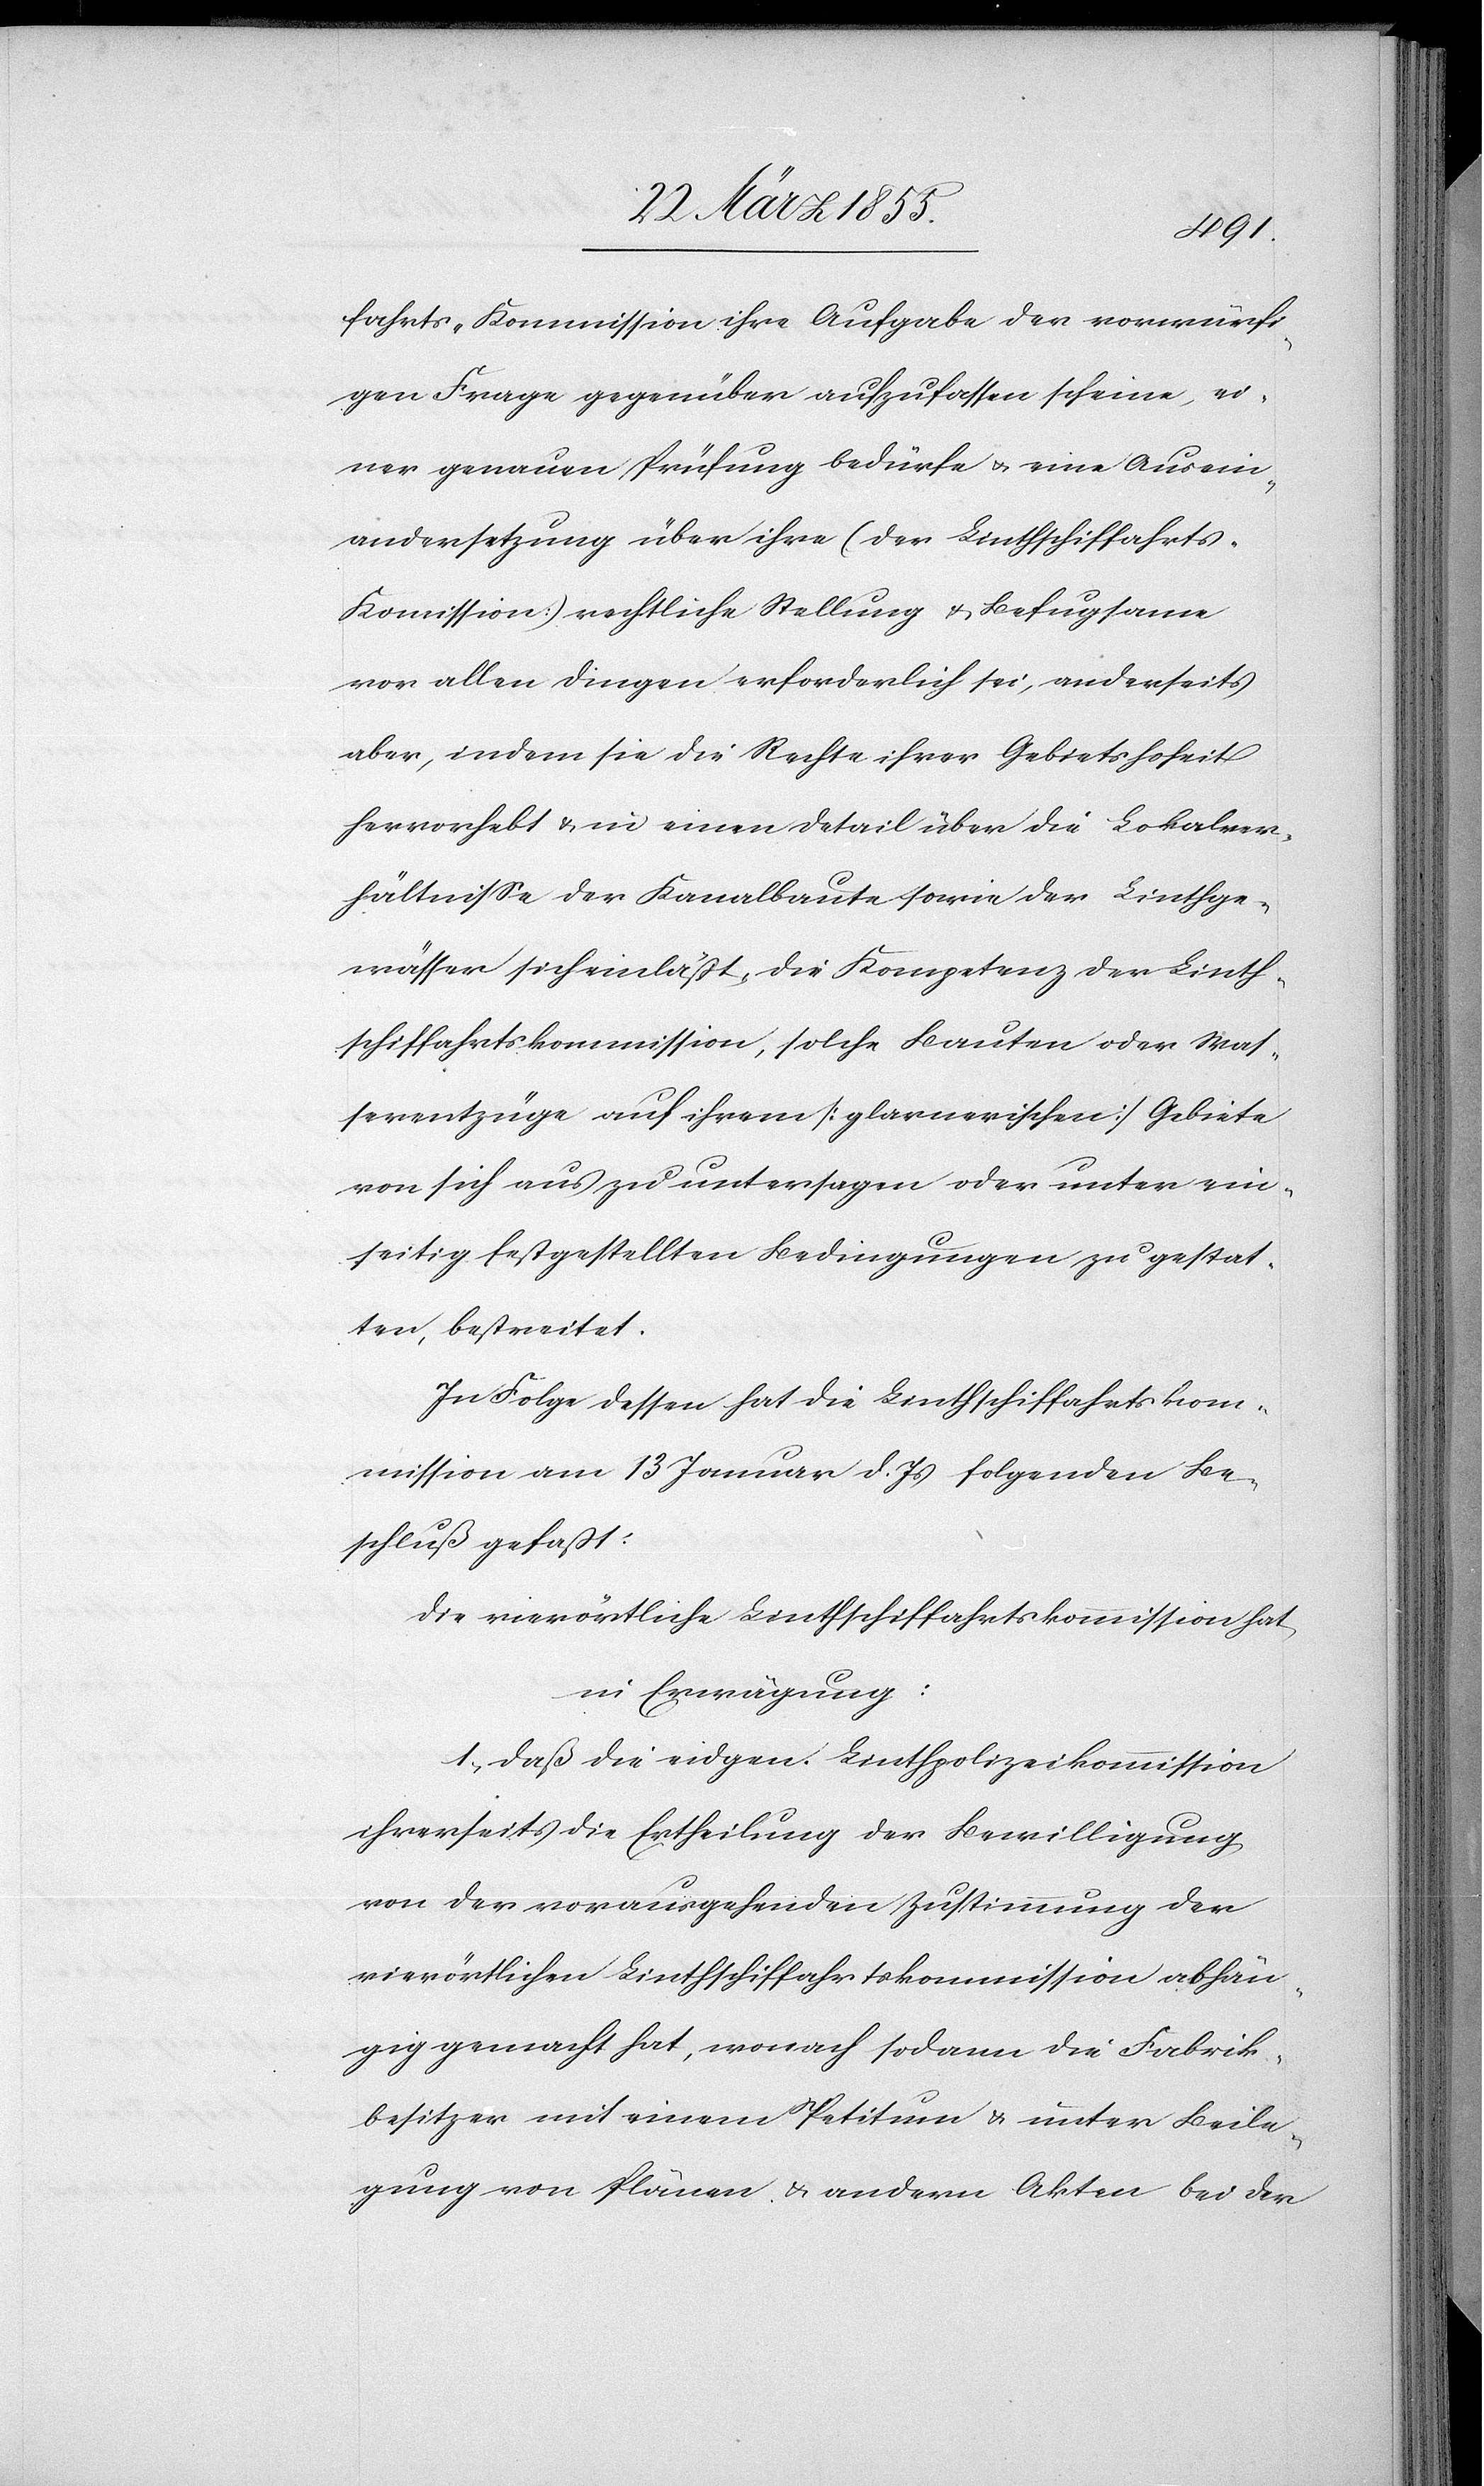
fahrts-Kommission ihre Aufgabe der vorwürfi¬
gen Frage gegenüber aufzufassen scheine, ei¬
ner genauen Prüfung bedürfe & eine Ausein¬
andersetzung über ihre (der Linthschiffahrt¬
s-Kommission) rechtliche Stellung & Befugsame
vor allen Dingen erforderlich sei, anderseits
aber, indem sie die Rechte ihrer Gebietshoheit
hervorhebt & in einen Detail über die Lokalver¬
hältnisse der Kanalbaute sowie der Linthge¬
wässer sich einläßt, die Kompetenz der Linth¬
schiffahrtskommission, solche Bauten oder Was¬
serentzüge auf ihrem [glarnerischen] Gebiete
von sich aus zu untersagen oder unter ein¬
seitig festgestellten Bedingungen zu gestat¬
ten, bestreitet.
In Folge dessen hat die Linthschiffahrtskom¬
mission am 13 Januar d. js folgenden Be¬
schluß gefaßt:
Die vierortliche Linthschiffahrtskommission hat,
in Erwägung:
1, daß die eidgen. Linthpolizeikommission
ihrerseits die Ertheilung der Bewilligung
von der vorausgehenden Zustimmung der
vierörtlichen Linthschiffahrtskommission abhän¬
gig gemacht hat, wonach sodann die Fabrik¬
besitzer mit einem Petitum & unter Beile¬
gung von Plänen & andern Akten bei der